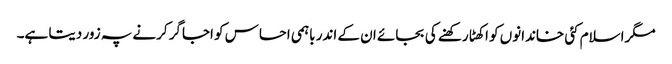
مگراسلام کئی خاندانوں کو اکھٹا رکھنے کی بجائے ان کے اندر باہمی احساس کو اجاگر کرنے پہ زور دیتا ہے۔